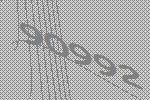
90992